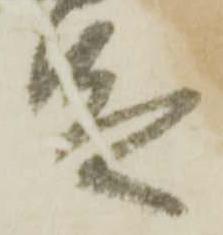
足